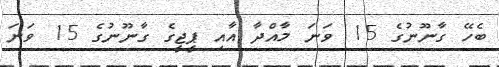
ބެހޭ ގާނޫނުގެ 15 ވަނަ މާއްދާ އާއި ޕީޖީގެ ގާނޫނުގެ 15 ވަނަ